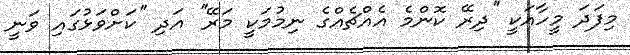
މިފަދަ މީހާއަކީ ''ދިރޭ ކޮންމެ އެއްޗެއްގެ ނިމުމަކީ މަރޭ'' އަދި ''ކަށްވަޅުގައި ވަނީ